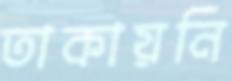
তাকায়নি